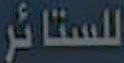
للستائر